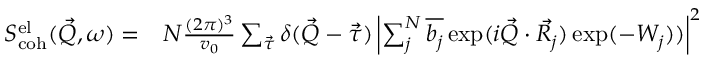
\begin{array} { r l } { S _ { \mathrm { c o h } } ^ { \mathrm { e l } } ( \vec { Q } , \omega ) = } & { { } N \frac { ( 2 \pi ) ^ { 3 } } { v _ { 0 } } \sum _ { \vec { \tau } } \delta ( \vec { Q } - \vec { \tau } ) \left| \sum _ { j } ^ { N } \overline { { b _ { j } } } \exp ( i \vec { Q } \cdot \vec { R _ { j } } ) \exp ( - W _ { j } ) ) \right| ^ { 2 } } \end{array}